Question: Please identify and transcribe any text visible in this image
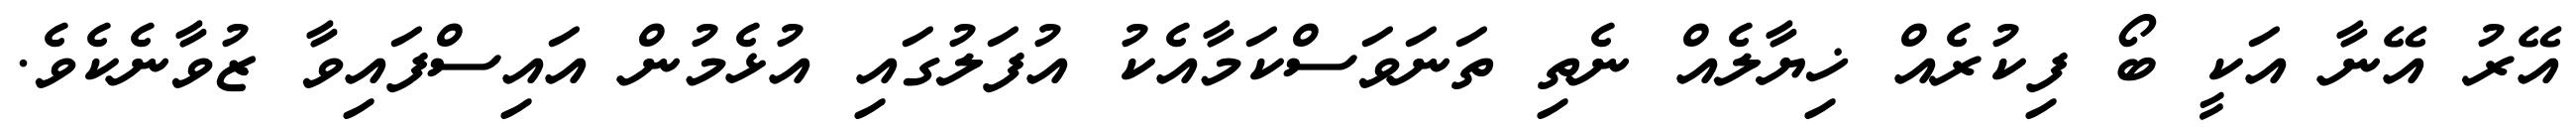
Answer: އޭރު އޭނާ އަކީ ބޯ ފިކުރެއް ޚިޔާލެއް ނެތި ތަނަވަސްކަމާއެކު އުފަލުގައި އުޅެމުން އައިސްފައިވާ ޒުވާނެކެވެ.